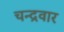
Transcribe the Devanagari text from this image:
चन्द्रवार